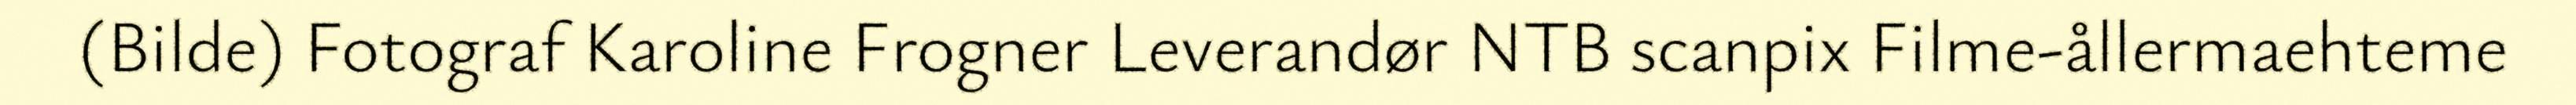
(Bilde) Fotograf Karoline Frogner Leverandør NTB scanpix Filme-ållermaehteme